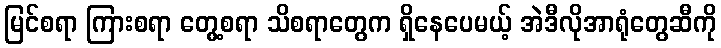
မြင်စရာ ကြားစရာ တွေ့စရာ သိစရာတွေက ရှိနေပေမယ့် အဲဒီလိုအာရုံတွေဆီကို